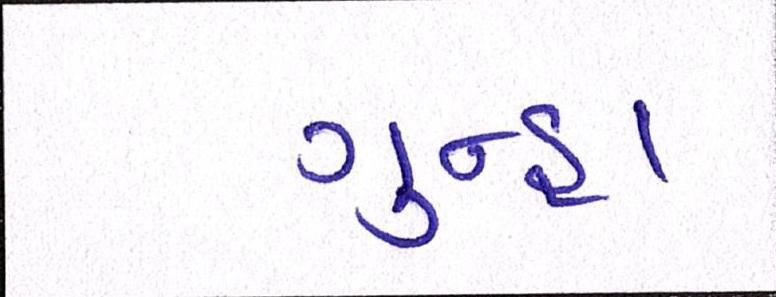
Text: ગુન્હા